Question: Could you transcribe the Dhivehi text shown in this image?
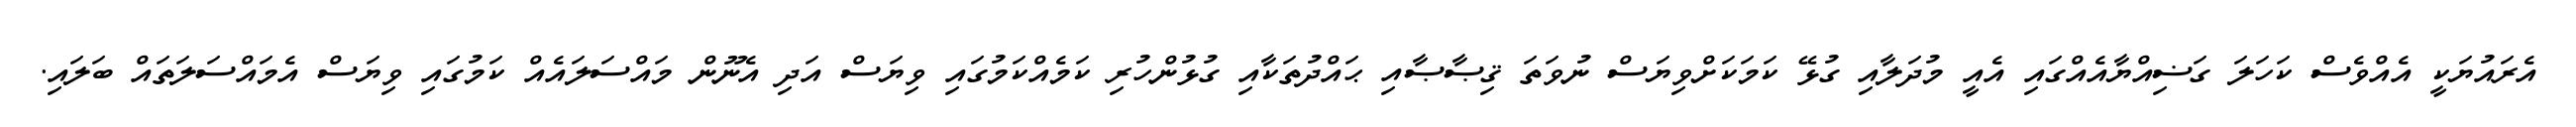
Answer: އެރައުޔަކީ އެއްވެސް ކަހަލަ ގަޟިއްޔާއެއްގައި އެއީ މުދަލާއި ގުޅޭ ކަމަކަށްވިޔަސް ނުވަތަ ޤިޞާޞާއި ޙައްދުތަކާއި ގުޅުންހުރި ކަމެއްކަމުގައި ވިޔަސް އަދި އެނޫން މައްސަލައެއް ކަމުގައި ވިޔަސް އެމައްސަލަތައް ބަލައި.